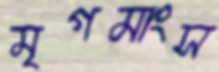
মৃগমাংস